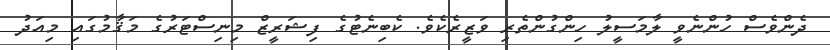
ދެންވެސް ހުންނެވީ ލާމަސީލު ހިންގުންތެރި ވަޒީރެކެވެ. ކެބިނެޓުގެ ފިޝަރީޒް މިނިސްޓަރުގެ މަޤާމުގައި މިއަދު